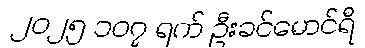
၂၀၂၅ ၁၀၇ ရက် ဦးခင်မောင်ရီ